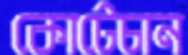
কোটেচান